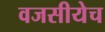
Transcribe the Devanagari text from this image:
वजसीयेच